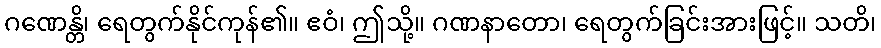
ဂဏေန္တိ၊ ရေတွက်နိုင်ကုန်၏။ ဧဝံ၊ ဤသို့။ ဂဏနာတော၊ ရေတွက်ခြင်းအားဖြင့်။ သတိ၊